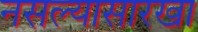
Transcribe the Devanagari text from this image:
नसल्यासारखा